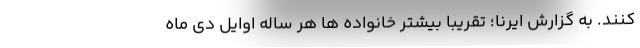
کنند. به گزارش ایرنا؛ تقریبا بیشتر خانواده ها هر ساله اوایل دی ماه